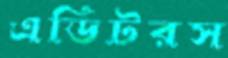
এডিটরস